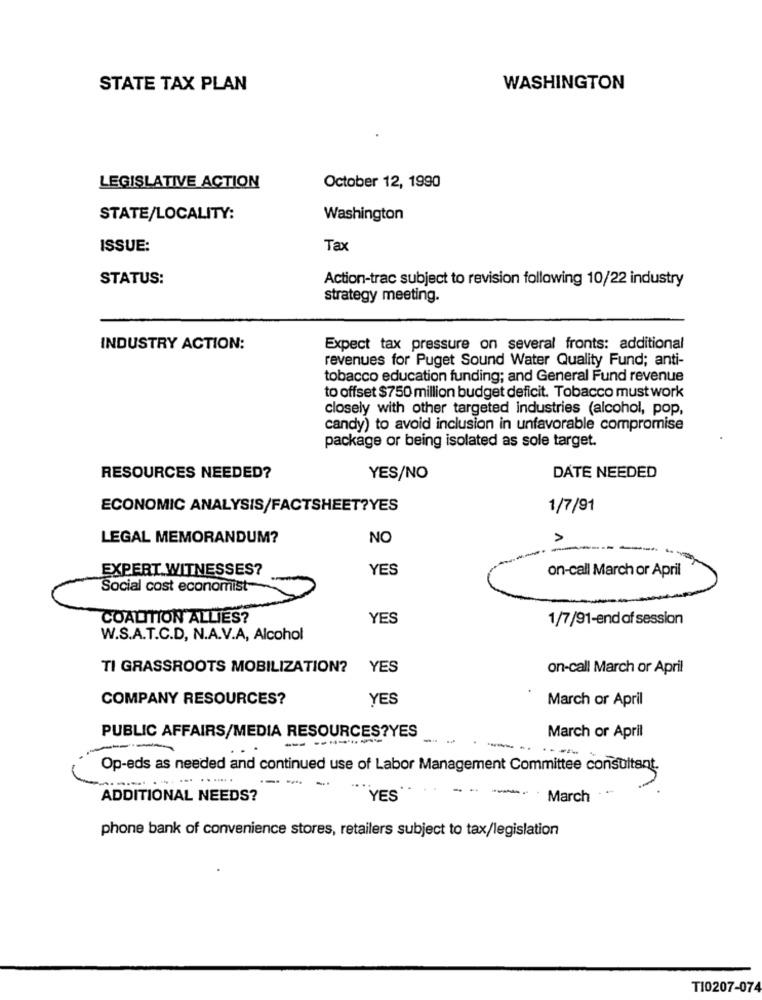
STATE TAX PLAN
WASHINGTON
LEGISLATIVE ACTION
October 12, 1990
STATE/LOCALITY:
Washington
ISSUE:
Tax
STATUS:
Action-trac subject to revision following 10/22 industry
strategy meeting.
INDUSTRY ACTION:
Expect tax pressure on several fronts: additional
revenues for Puget Sound Water Quality Fund; anti-
tobacco education funding; and General Fund revenue
to offset $750 million budget deficit. Tobacco must work
closely with other targeted industries (alcohol, pop,
candy) to avoid inclusion in unfavorable compromise
package or being isolated as sole target.
RESOURCES NEEDED?
YES/NO
DATE NEEDED
ECONOMIC ANALYSIS/FACTSHEET?YES
1/7/91
LEGAL MEMORANDUM?
NO
EXPERT WITNESSES?
YES
on-call March or April
Social cost economist
COALITION ALLIES?
YES
1/7/91-end of session
W.S.A.T.C.D, N.A.V.A, Alcohol
TI GRASSROOTS MOBILIZATION?
YES
on-call March or April
COMPANY RESOURCES?
YES
March or April
PUBLIC AFFAIRS/MEDIA RESOURCES?YES
------
March or April
--.
Op-eds as needed and continued use of Labor Management Committee consultant.
-- -
-
--
ADDITIONAL NEEDS?
YES
March
phone bank of convenience stores, retailers subject to tax/legislation
TI0207-074